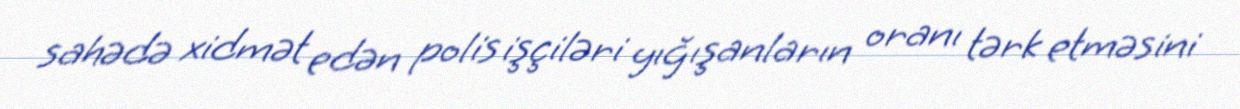
sahədə xidmət edən polis işçiləri yığışanların oranı tərk etməsini